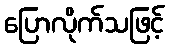
ပြောလိုက်သဖြင့်